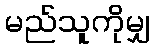
မည်သူကိုမျှ